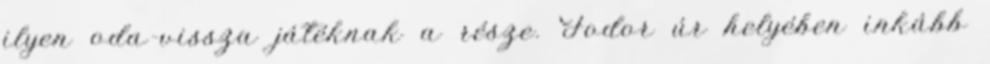
ilyen oda-vissza játéknak a része. Fodor úr helyében inkább